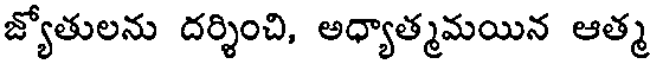
జ్యోతులను దర్శించి, అధ్యాత్మమయిన ఆత్మ